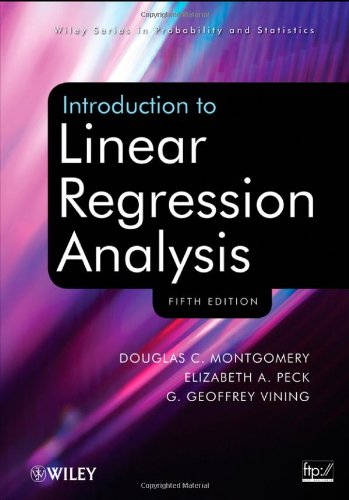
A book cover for Introduction to Linear Regression Analysis; Douglas C. Montgomery; Engineering & Transportation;